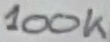
Text: 100K